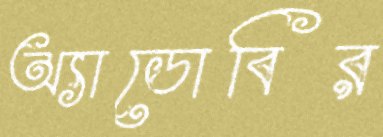
অ্যাডোবির